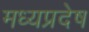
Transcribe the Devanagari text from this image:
मध्यप्रदेष